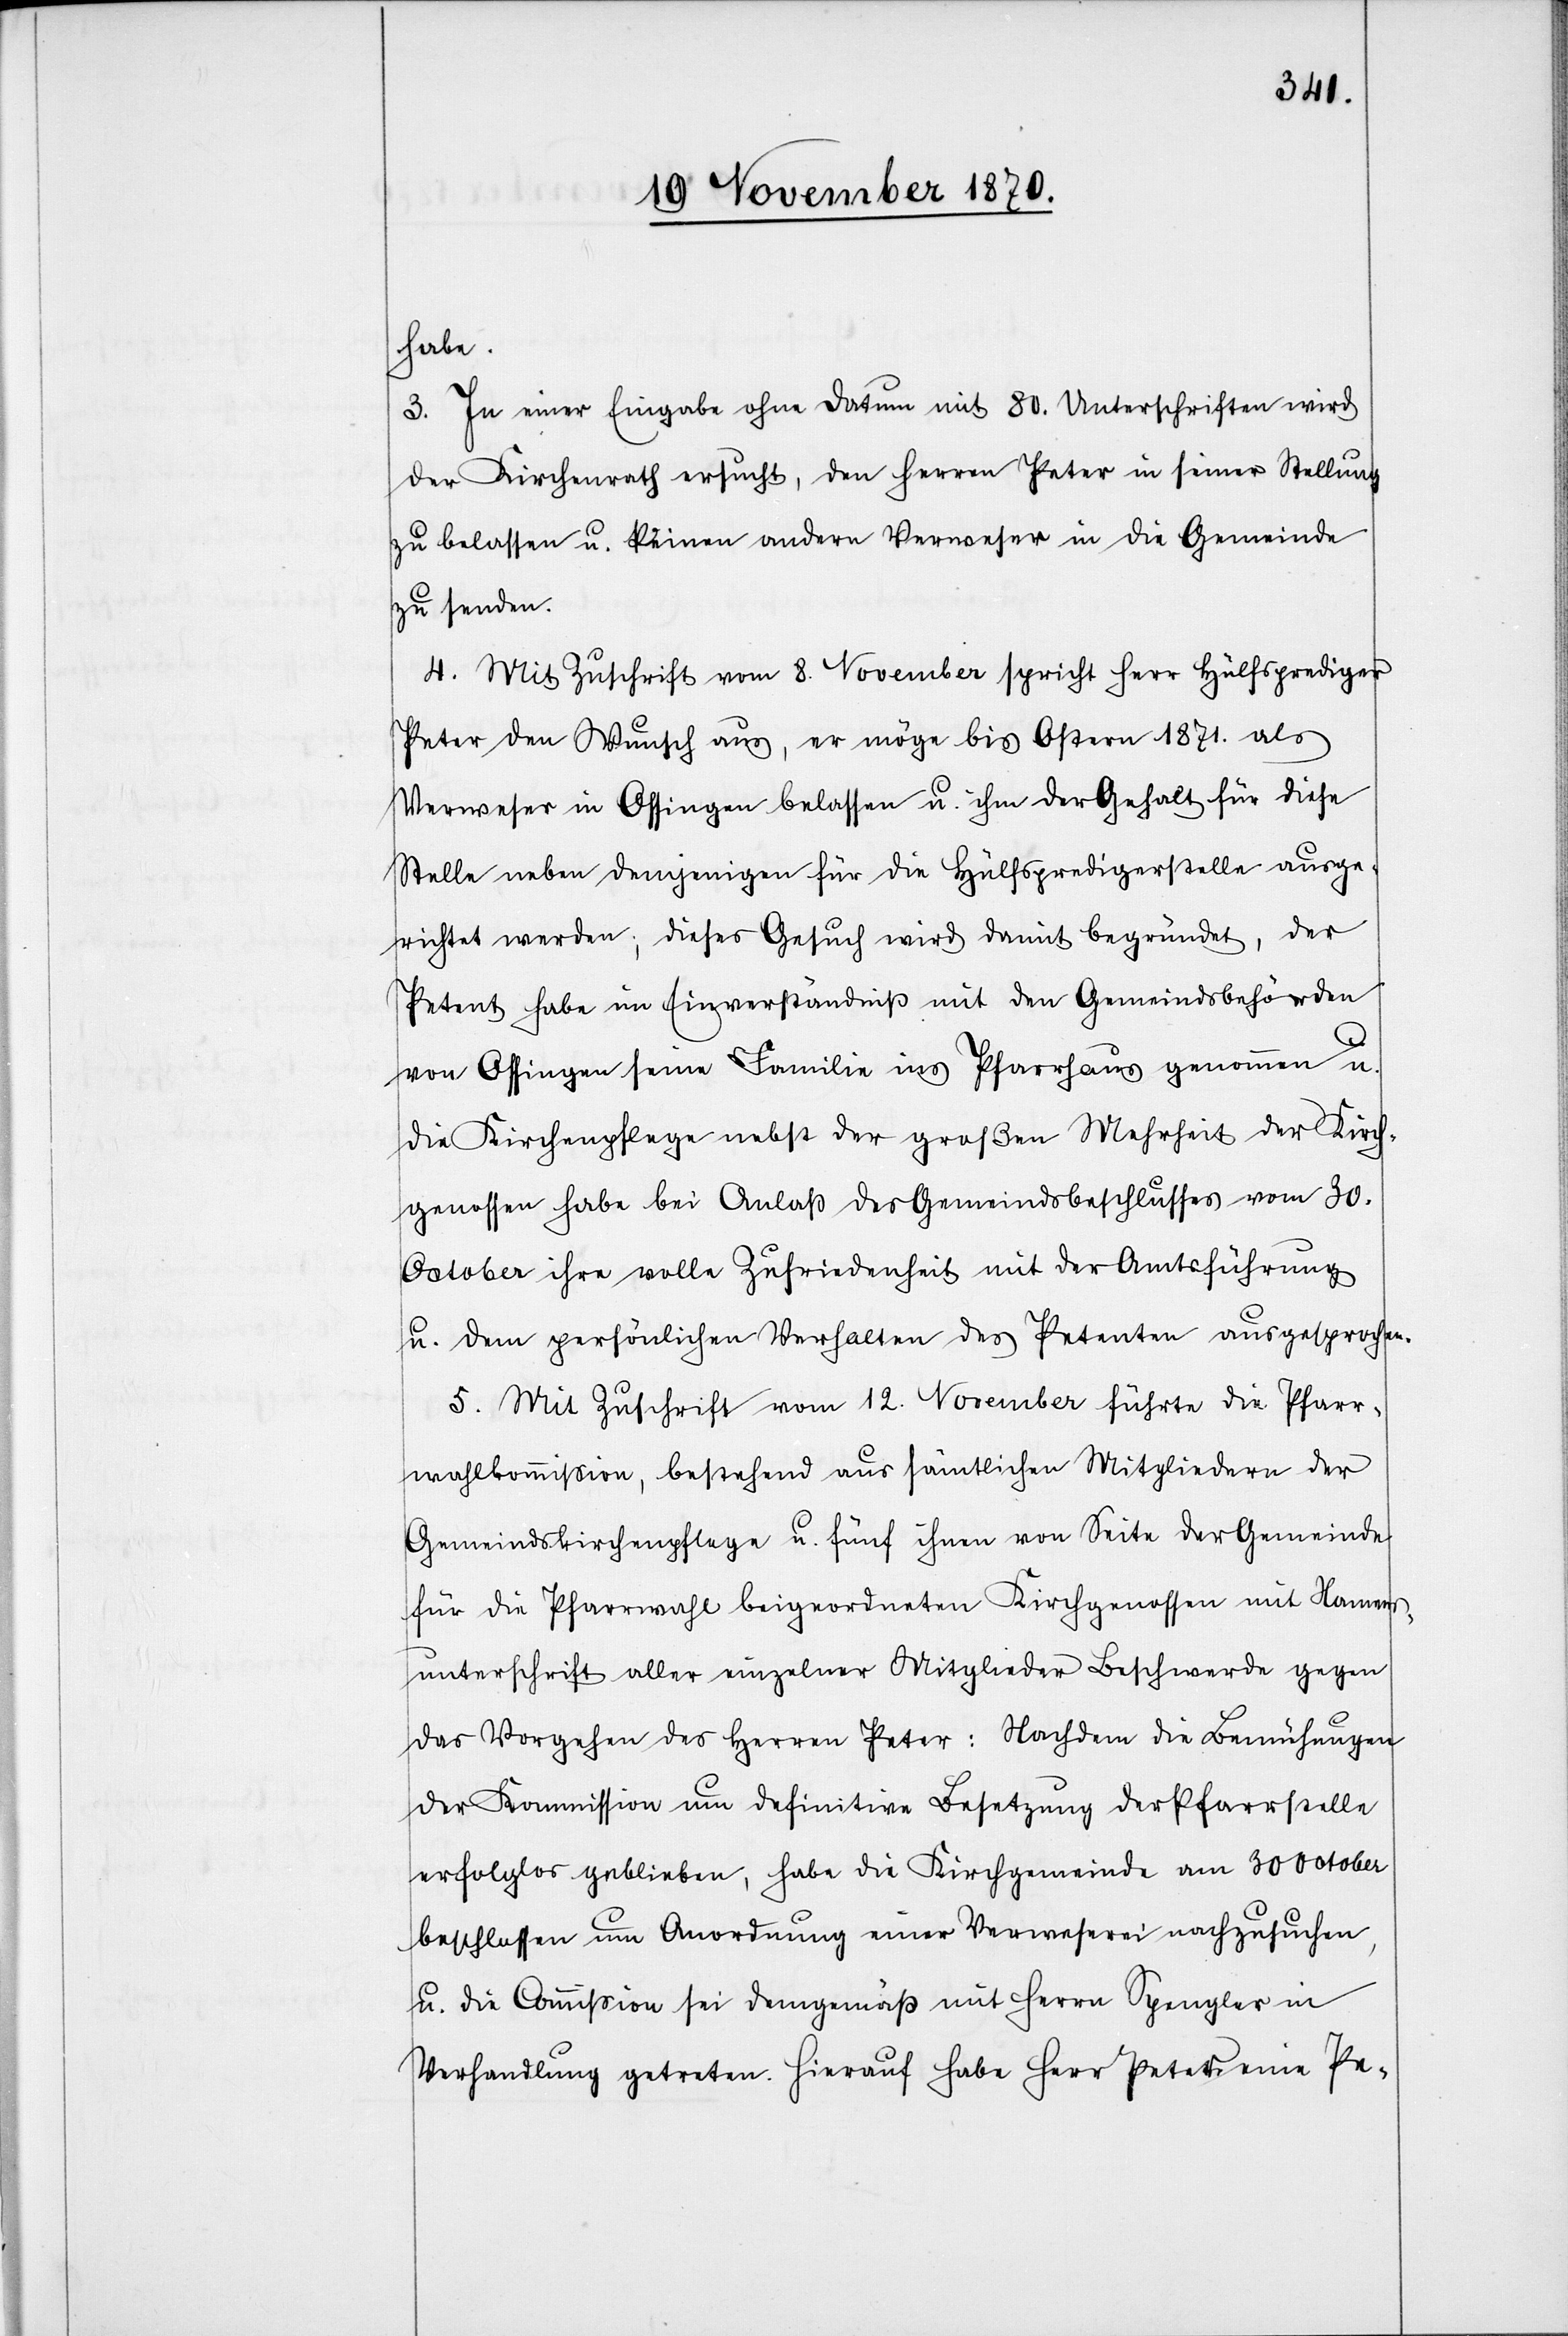
habe.
3. In einer Eingabe ohne Datum mit 80. Unterschriften wird
der Kirchenrath ersucht, den Herren Peter in seiner Stellung
zu belassen u. keinen andern Verweser in die Gemeinde
zu senden.
4. Mit Zuschrift vom 8. November spricht Herr Hülfsprediger
Peter den Wunsch aus, er möge bis Ostern 1871. als
Verweser in Ossingen belassen u. ihm der Gehalt für diese
Stelle neben demjenigen für die Hülfspredigerstelle ausge¬
richtet werden; dieses Gesuch wird damit begründet, der
Petent habe im Einverständniß mit den Gemeindsbehörden
von Ossingen seine Familie ins Pfarrhaus genommen u.
die Kirchenpflege nebst der großen Mehrheit der Kirch¬
genossen habe bei Anlaß des Gemeindsbeschlusses vom 30.
October ihre volle Zufriedenheit mit der Amtsführung
u. dem persönlichen Verhalten des Petenten ausgesprochen.
5. Mit Zuschrift vom 12. November führte die Pfarr¬
wahlkommißion, bestehend aus sämtlichen Mitgliedern der
Gemeindskirchenpflege u. fünf ihnen von Seite der Gemeinde
für die Pfarrwahl beigeordneten Kirchgenossen mit Namens¬
unterschrift aller einzelner Mitglieder Beschwerde gegen
das Vorgehen des Herren Peter: Nachdem die Bemühungen
der Kommission um definitive Besetzung der Pfarrstelle
erfolglos geblieben, habe die Kirchgemeinde am 30 October
beschlossen um Anordnung einer Verweserei nachzusuchen,
u. die Commißion sei demgemäß mit Herrn Spengler in
Verhandlung getreten. Hierauf habe Herr Peter eine Pe-